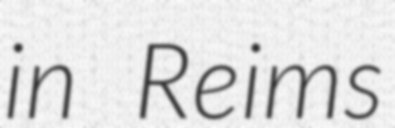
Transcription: in Reims